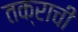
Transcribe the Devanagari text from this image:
तक्राची